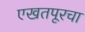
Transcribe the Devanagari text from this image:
एखतपूरचा